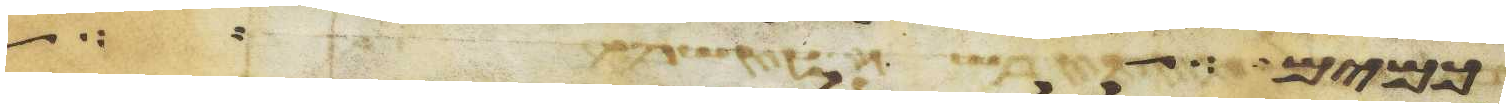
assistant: כמים לא תוכל